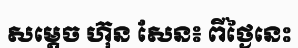
សម្តេច ហ៊ុន សែន៖ ពីថ្ងៃនេះ